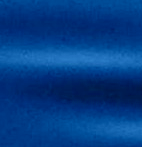
موقف رئيسي